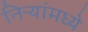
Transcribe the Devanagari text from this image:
निऱ्यांमध्ये